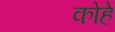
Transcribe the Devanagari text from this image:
कोहे